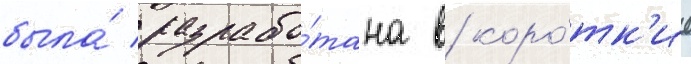
была́ разрабо́тана в коро́тк'ие